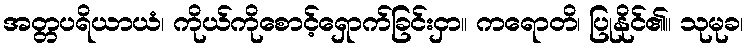
အတ္တပရိယာယံ၊ ကိုယ်ကိုစောင့်ရှောက်ခြင်းငှာ။ ကရောတိ၊ ပြုနိုင်၏။ သုမုခ၊